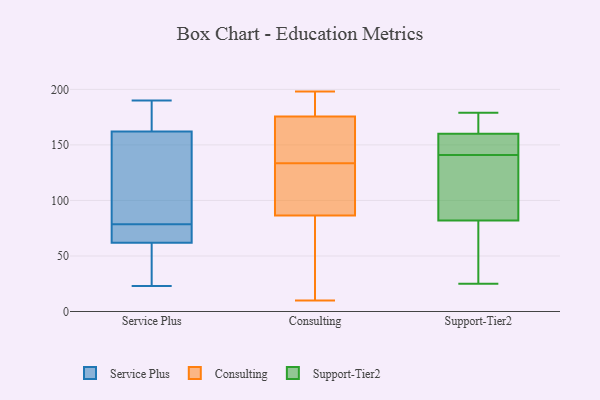
{"axis": {"x": "Bounce Rate (%)", "y": "Value"}, "legend": ["Consulting", "Service Plus", "Support-Tier2"], "data": [{"x": "", "y": 63, "type": "Service Plus"}, {"x": "", "y": 23, "type": "Service Plus"}, {"x": "", "y": 170, "type": "Service Plus"}, {"x": "", "y": 52, "type": "Service Plus"}, {"x": "", "y": 63, "type": "Service Plus"}, {"x": "", "y": 73, "type": "Service Plus"}, {"x": "", "y": 179, "type": "Service Plus"}, {"x": "", "y": 190, "type": "Service Plus"}, {"x": "", "y": 69, "type": "Service Plus"}, {"x": "", "y": 121, "type": "Service Plus"}, {"x": "", "y": 106, "type": "Service Plus"}, {"x": "", "y": 49, "type": "Service Plus"}, {"x": "", "y": 184, "type": "Service Plus"}, {"x": "", "y": 84, "type": "Service Plus"}, {"x": "", "y": 154, "type": "Service Plus"}, {"x": "", "y": 61, "type": "Service Plus"}, {"x": "", "y": 136, "type": "Consulting"}, {"x": "", "y": 148, "type": "Consulting"}, {"x": "", "y": 159, "type": "Consulting"}, {"x": "", "y": 192, "type": "Consulting"}, {"x": "", "y": 198, "type": "Consulting"}, {"x": "", "y": 10, "type": "Consulting"}, {"x": "", "y": 131, "type": "Consulting"}, {"x": "", "y": 167, "type": "Consulting"}, {"x": "", "y": 184, "type": "Consulting"}, {"x": "", "y": 194, "type": "Consulting"}, {"x": "", "y": 96, "type": "Consulting"}, {"x": "", "y": 37, "type": "Consulting"}, {"x": "", "y": 102, "type": "Consulting"}, {"x": "", "y": 80, "type": "Consulting"}, {"x": "", "y": 93, "type": "Consulting"}, {"x": "", "y": 42, "type": "Consulting"}, {"x": "", "y": 177, "type": "Support-Tier2"}, {"x": "", "y": 138, "type": "Support-Tier2"}, {"x": "", "y": 155, "type": "Support-Tier2"}, {"x": "", "y": 25, "type": "Support-Tier2"}, {"x": "", "y": 91, "type": "Support-Tier2"}, {"x": "", "y": 152, "type": "Support-Tier2"}, {"x": "", "y": 132, "type": "Support-Tier2"}, {"x": "", "y": 162, "type": "Support-Tier2"}, {"x": "", "y": 57, "type": "Support-Tier2"}, {"x": "", "y": 144, "type": "Support-Tier2"}, {"x": "", "y": 160, "type": "Support-Tier2"}, {"x": "", "y": 25, "type": "Support-Tier2"}, {"x": "", "y": 179, "type": "Support-Tier2"}, {"x": "", "y": 82, "type": "Support-Tier2"}]}